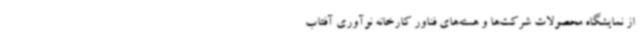
از نمایشگاه محصولات شرکت‌ها و هسته‌های فناور کارخانه نوآوری آفتاب